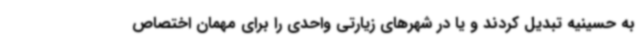
به حسینیه تبدیل کردند و یا در شهرهای زیارتی واحدی را برای مهمان اختصاص